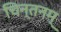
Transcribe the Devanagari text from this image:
चिन्तनम्